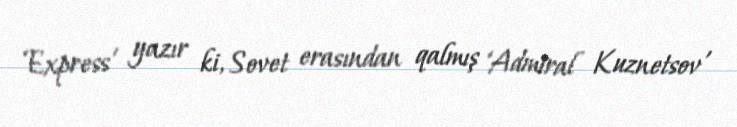
‘Express’ yazır ki, Sovet erasından qalmış ‘Admiral Kuznetsov’